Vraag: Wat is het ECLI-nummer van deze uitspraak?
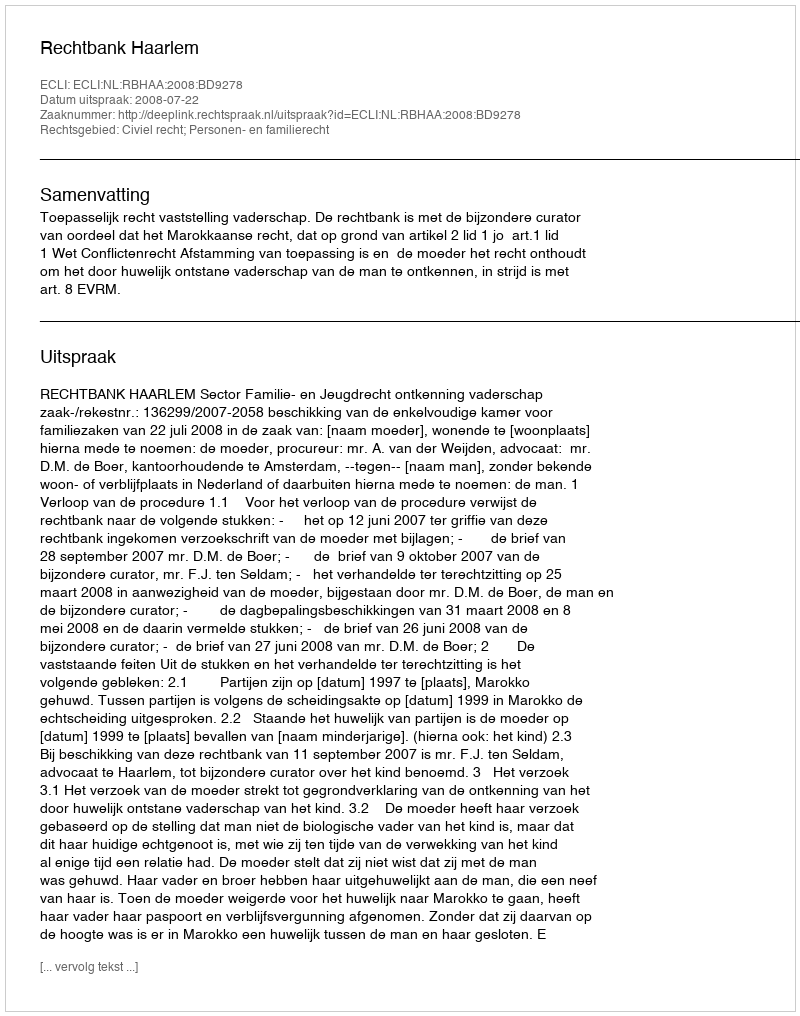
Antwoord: ECLI:NL:RBHAA:2008:BD9278